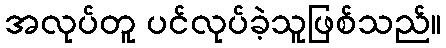
အလုပ်တူ ပင်လုပ်ခဲ့သူဖြစ်သည်။